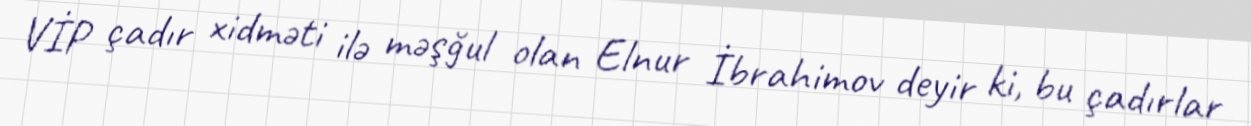
VİP çadır xidməti ilə məşğul olan Elnur İbrahimov deyir ki, bu çadırlar